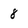
Character: 8